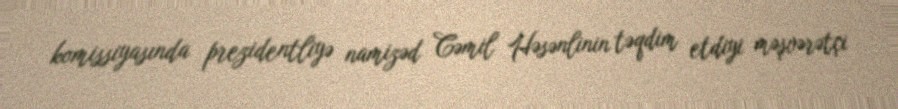
komissiyasında prezidentliyə namizəd Cəmil Həsənlinin təqdim etdiyi məşvərətçi